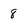
Character: 8